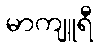
မာကျူရီ